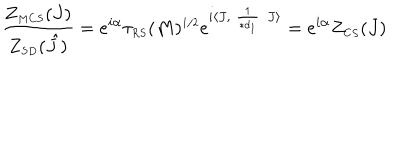
\frac { Z _ { \scriptscriptstyle M C S } ( J ) } { Z _ { \scriptscriptstyle S D } ( \hat { J } ) } = e ^ { i \alpha } \tau _ { \scriptscriptstyle R S } ( M ) ^ { \scriptscriptstyle 1 / 2 } e ^ { i \langle J , \frac { 1 } { \ast d _ { \scriptscriptstyle 1 } } J \rangle } = e ^ { i \alpha } Z _ { \scriptscriptstyle C S } ( J )